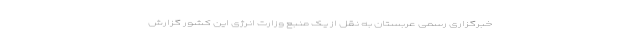
خبرگزاری رسمی عربستان به نقل از یک منبع وزارت انرژی این کشور گزارش